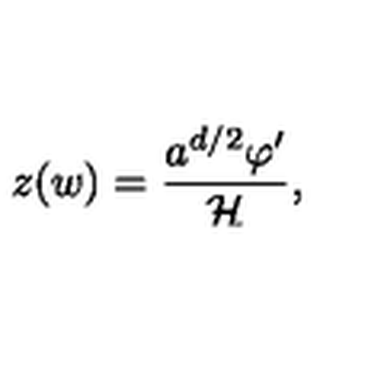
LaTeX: z ( w ) = \frac { a ^ { d / 2 } \varphi ^ { \prime } } { { \cal H } } ,